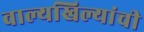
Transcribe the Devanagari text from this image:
वाल्यखिल्यांची